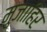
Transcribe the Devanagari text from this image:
मुजाहिर